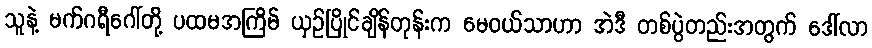
သူနဲ့ မက်ဂရီဂေါ်တို့ ပထမအကြိမ် ယှဉ်ပြိုင်ချိန်တုန်းက မေဝယ်သာဟာ အဲဒီ တစ်ပွဲတည်းအတွက် ဒေါ်လာ